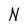
Character: N